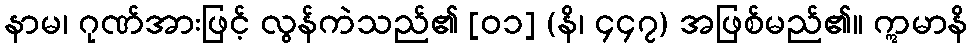
နာမ၊ ဂုဏ်အားဖြင့် လွန်ကဲသည်၏ [၀၁] (နိ၊ ၄၄၇) အဖြစ်မည်၏။ ဣမာနိ